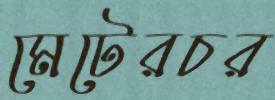
মেটেরচর